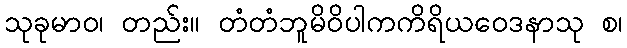
သုခုမာဝ၊ တည်း။ တံတံဘူမိဝိပါကကိရိယဝေဒနာသု စ၊